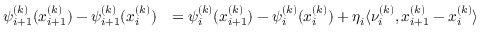
\begin{array} { r l } { \psi _ { i + 1 } ^ { ( k ) } ( x _ { i + 1 } ^ { ( k ) } ) - \psi _ { i + 1 } ^ { ( k ) } ( x _ { i } ^ { ( k ) } ) } & { = \psi _ { i } ^ { ( k ) } ( x _ { i + 1 } ^ { ( k ) } ) - \psi _ { i } ^ { ( k ) } ( x _ { i } ^ { ( k ) } ) + \eta _ { i } \langle \nu _ { i } ^ { ( k ) } , x _ { i + 1 } ^ { ( k ) } - x _ { i } ^ { ( k ) } \rangle } \end{array}